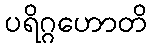
ပရိဂ္ဂဟောတိ